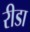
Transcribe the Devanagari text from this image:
रीडा